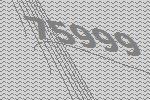
75999